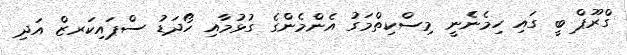
ގްރޫޕް ބީ ގައި ހިމެނެނީ މިސްކިތްމަގު އެންމެންގެ ގުޅުމާއި ހޯދަޑު ސްޕައިކަރޒް އަދި